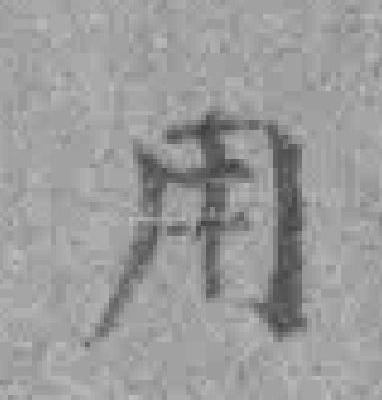
用